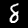
Digit: 8